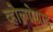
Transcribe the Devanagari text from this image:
व्होल्गोग्राद